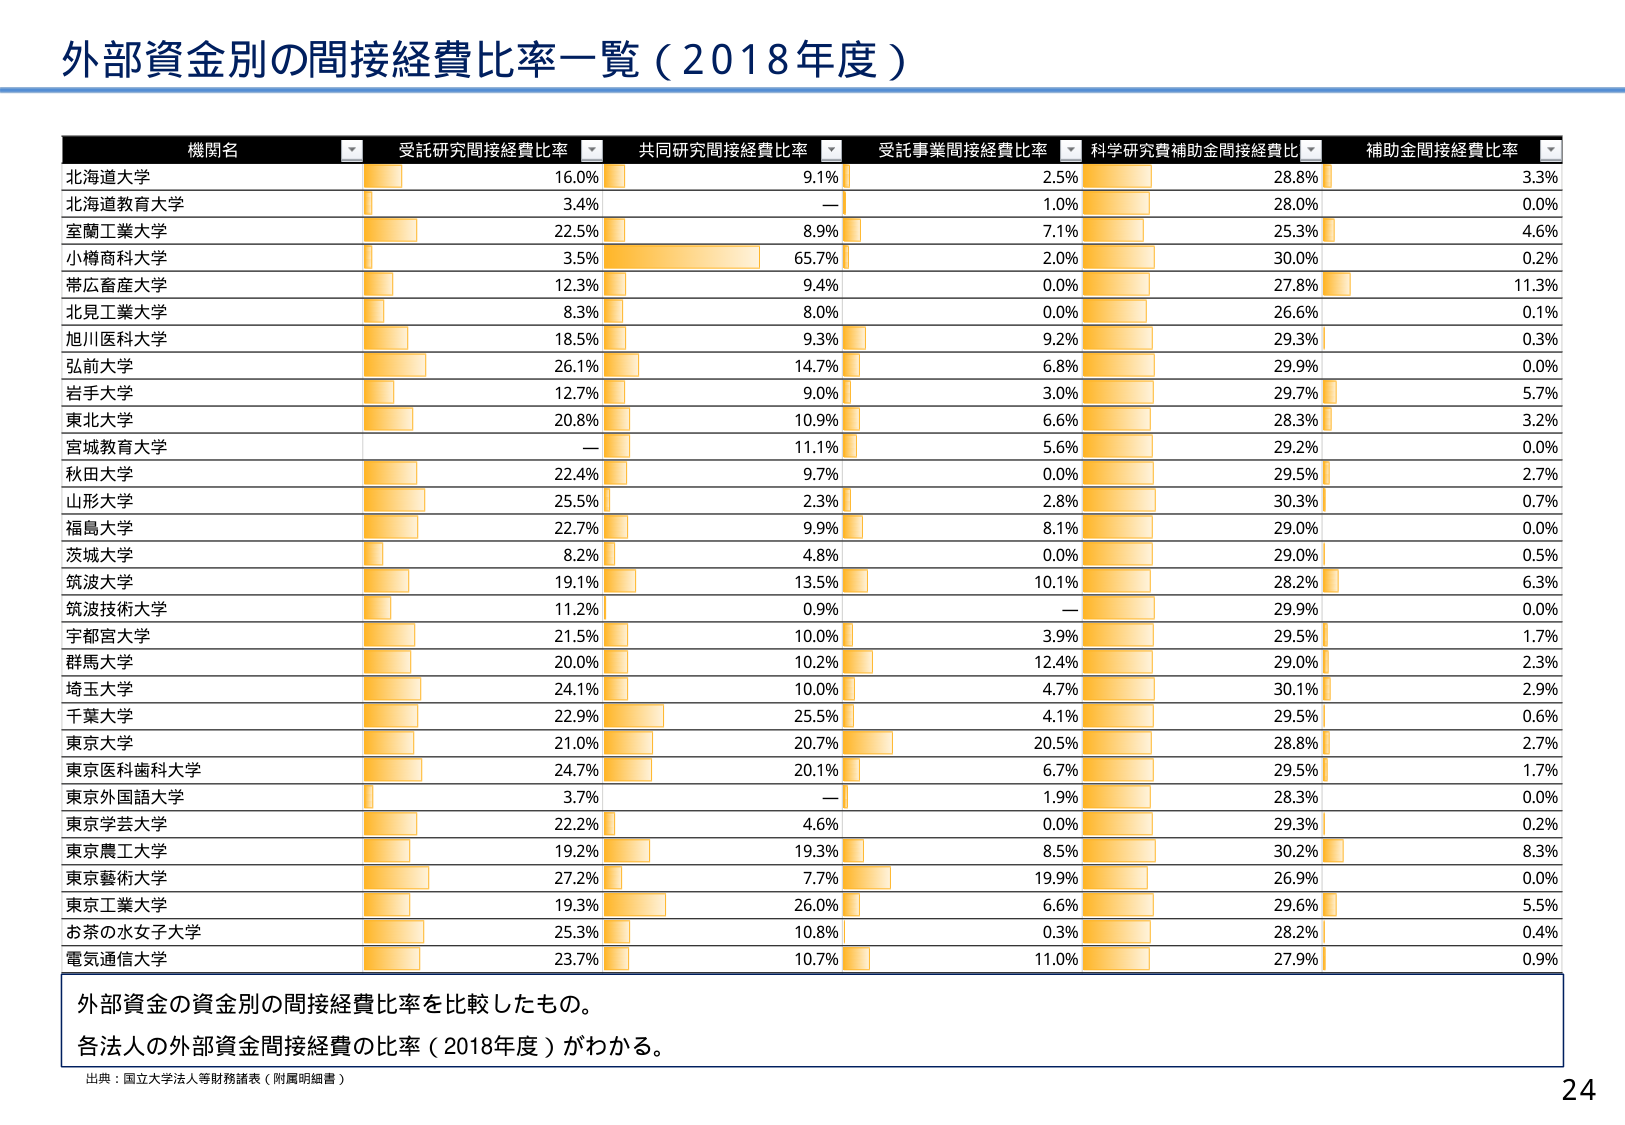
外部資金別の間接経費比率一覧（2018年度）

機関名 受託研究間接経費比率 共同研究間接経費比率 受託事業間接経費比率 科学研究費補助金間接経費比率 補助金間接経費比率
北海道大学 16.0% 9.1% 2.5% 28.8% 3.3%
北海道教育大学 3.4% — 1.0% 28.0% 0.0%
室蘭工業大学 22.5% 8.9% 7.1% 25.3% 4.6%
小樽商科大学 3.5% 65.7% 2.0% 30.0% 0.2%
帯広畜産大学 12.3% 9.4% 0.0% 27.8% 11.3%
北見工業大学 8.3% 8.0% 0.0% 26.6% 0.1%
旭川医科大学 18.5% 9.3% 9.2% 29.3% 0.3%
弘前大学 26.1% 14.7% 6.8% 29.9% 0.0%
岩手大学 12.7% 9.0% 3.0% 29.7% 5.7%
東北大学 20.8% 10.9% 6.6% 28.3% 3.2%
宮城教育大学 — 11.1% 5.6% 29.2% 0.0%
秋田大学 22.4% 9.7% 0.0% 29.5% 2.7%
山形大学 25.5% 2.3% 2.8% 30.3% 0.7%
福島大学 22.7% 9.9% 8.1% 29.0% 0.0%
茨城大学 8.2% 4.8% 0.0% 29.0% 0.5%
筑波大学 19.1% 13.5% 10.1% 28.2% 6.3%
筑波技術大学 11.2% 0.9% — 29.9% 0.0%
宇都宮大学 21.5% 10.0% 3.9% 29.5% 1.7%
群馬大学 20.0% 10.2% 12.4% 29.0% 2.3%
埼玉大学 24.1% 10.0% 4.7% 30.1% 2.9%
千葉大学 22.9% 25.5% 4.1% 29.5% 0.6%
東京大学 21.0% 20.7% 20.5% 28.8% 2.7%
東京医科歯科大学 24.7% 20.1% 6.7% 29.5% 1.7%
東京外国語大学 3.7% — 1.9% 28.3% 0.0%
東京学芸大学 22.2% 4.6% 0.0% 29.3% 0.2%
東京農工大学 19.2% 19.3% 8.5% 30.2% 8.3%
東京藝術大学 27.2% 7.7% 19.9% 26.9% 0.0%
東京工業大学 19.3% 26.0% 6.6% 29.6% 5.5%
お茶の水女子大学 25.3% 10.8% 0.3% 28.2% 0.4%
電気通信大学 23.7% 10.7% 11.0% 27.9% 0.9%

外部資金の資金別の間接経費比率を比較したもの。
各法人の外部資金間接経費の比率（2018年度）がわかる。

出典：国立大学法人等財務諸表（附属明細書）
24